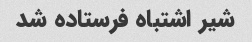
شیر اشتباه فرستاده شد